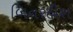
બિનરહીશ